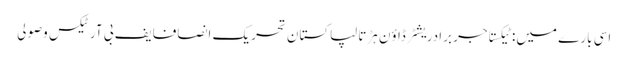
اسی بارے میں: ٹیکستاجر برادریشٹر ڈاؤن ہڑتالپاکستان تحریک انصافایف بی آرٹیکس وصولی